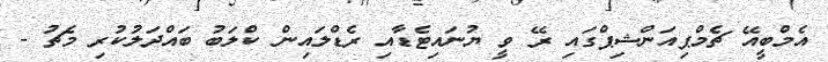
އެމްބީއޭ ޗެމްޕިއަންޝިޕްގައި ރޭ ވީ ޔުނައިޓެޑާއި ރެޑްލައިން ކްލަބު ބައްދަލުކުރި މެޗު -